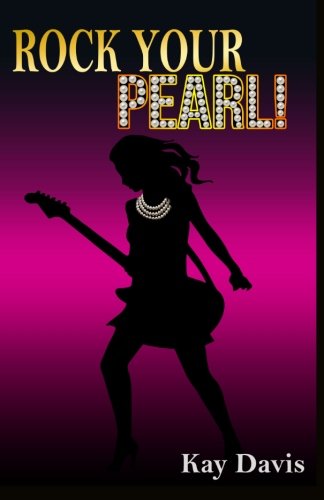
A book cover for Rock Your Pearl!: A Teen Girl's Guide to Sexual Purity; Kay Davis; Teen & Young Adult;